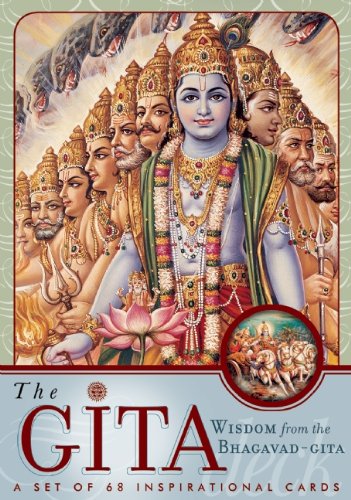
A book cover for The Gita Deck: Wisdom From the Bhagavad Gita; Editors of Mandala Publishing; Religion & Spirituality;